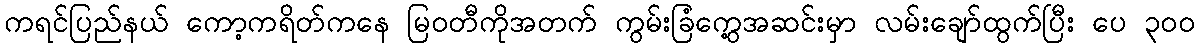
ကရင်ပြည်နယ် ကော့ကရိတ်ကနေ မြဝတီကိုအတက် ကွမ်းခြံကွေ့အဆင်းမှာ လမ်းချော်ထွက်ပြီး ပေ ၃၀၀